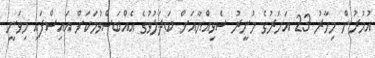
އުމުރުން މިހާރު 23 އަހަރުގެ މުނީރު ސެވިއްޔާއަށް ބަދަލުވުގެ އެއްބަސްވުމަކަށް އައިސްފައި މިވަނީ